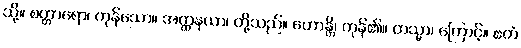
သို့။ စတ္တာရော၊ ကုန်သော။ အတ္ထနယာ၊ တို့သည်။ ဟောန္တိ၊ ကုန်၏။ တသ္မာ၊ ကြောင့်။ ဧတံ